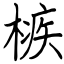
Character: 槉